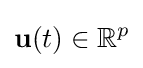
\mathbf {u} (t)\in \mathbb {R} ^{p}